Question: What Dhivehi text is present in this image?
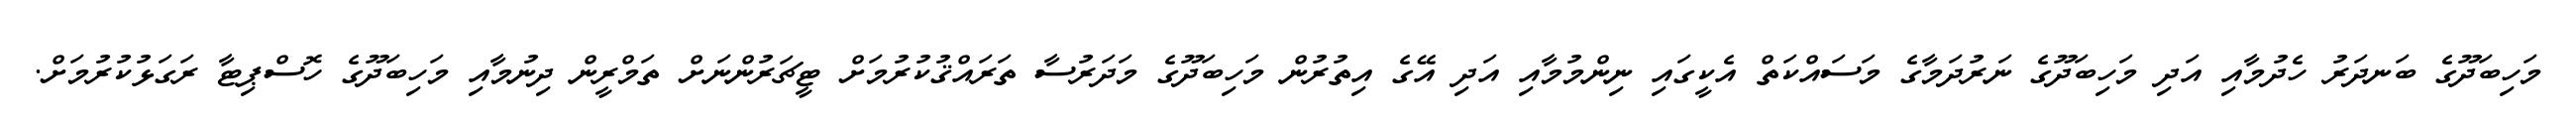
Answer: މަހިބަދޫގެ ބަނދަރު ހެދުމާއި އަދި މަހިބަދޫގެ ނަރުދަމާގެ މަސައްކަތް އެކީގައި ނިންމުމާއި އަދި އޭގެ އިތުރުން މަހިބަދޫގެ މަދަރުސާ ތަރައްޤުކުރުމަށް ޓީޗަރުންނަށް ތަމްރީން ދިނުމާއި މަހިބަދޫގެ ހޮސްޕިޓާ ރަގަޅުކުރުމަށް.